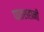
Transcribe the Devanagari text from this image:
पातशहानी